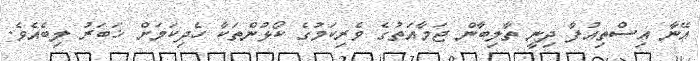
އޭނާ އިސްތިއުފާ ދިނީ ތާލިބާން ޖަމާއަތުގެ ވެރިކަމުގެ ކޯޅުންތަކާ ހެދިކަމަށް ޚަބަރު ލިބެއެވެ.